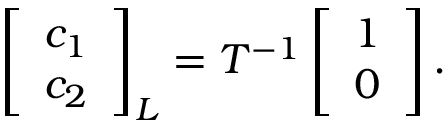
\left[ \begin{array} { l } { c _ { 1 } } \\ { c _ { 2 } } \end{array} \right] _ { L } = T ^ { - 1 } \left[ \begin{array} { l } { 1 } \\ { 0 } \end{array} \right] .